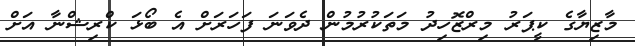
މާޒިޔާގެ ކީޕަރު މިރްޒޮހިދު މަތަކުރުމުން ދެވަނަ ފަހަރަށް އެ ބޯޅަ ކްރިޝްނާ އަށް